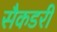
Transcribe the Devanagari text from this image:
सैकडरी